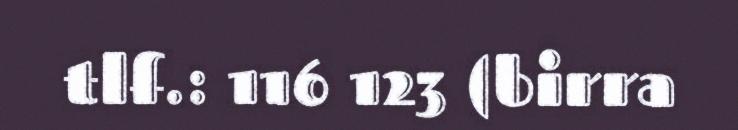
tlf.: 116 123 (birra